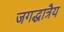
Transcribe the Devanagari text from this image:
जगद्धात्रैय